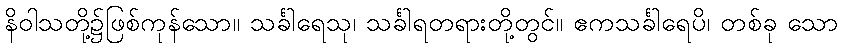
နိဝါသတို့၌ဖြစ်ကုန်သော။ သင်္ခါရေသု၊ သင်္ခါရတရားတို့တွင်။ ဧကသင်္ခါရေပိ၊ တစ်ခု သော